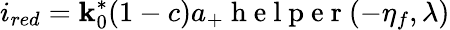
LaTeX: i_{red}=\mathbf{k}_{0}^{*}(1-c)a_{+}\mathrm{{~h~e~l~p~e~r~}}(-\eta_{f},\lambda)